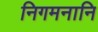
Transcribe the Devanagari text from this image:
निगमनानि